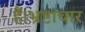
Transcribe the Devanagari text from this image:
हैं।भ्रष्टाचार